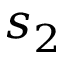
s _ { 2 }